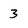
Character: 3